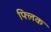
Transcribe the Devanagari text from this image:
फ्‍लिक